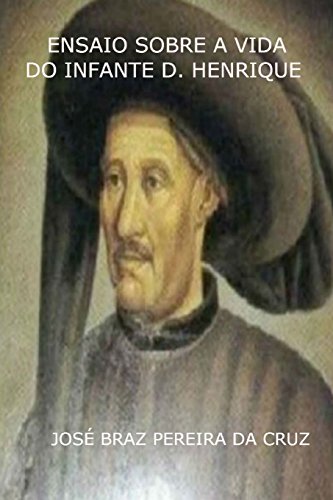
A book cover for Ensaio Sobre a Vida do Infante D. Henrique (Portuguese Edition); JosÃ© Braz Pereira da Cruz; History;